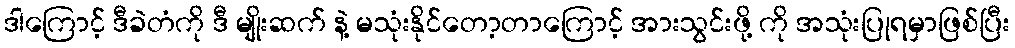
ဒါကြောင့် ဒီခဲတံကို ဒီ မျိုးဆက် နဲ့ မသုံးနိုင်တော့တာကြောင့် အားသွင်းဖို့ ကို အသုံးပြုရမှာဖြစ်ပြီး